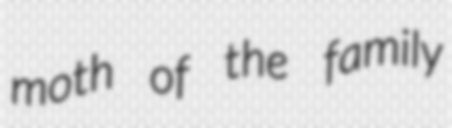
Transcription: moth of the family